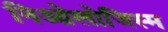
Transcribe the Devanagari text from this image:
निओलोजिस्म